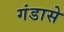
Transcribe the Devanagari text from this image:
गंडासे